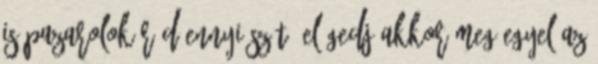
is pazarolok rád ennyi szót? elégedj akkor meg egyel.az